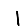
Digit: 1